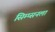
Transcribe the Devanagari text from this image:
सिम्प्सनला